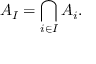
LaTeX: A _ { I } = \bigcap _ { i \in I } A _ { i } .